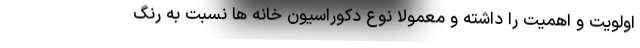
اولویت و اهمیت را داشته و معمولا نوع دکوراسیون خانه ها نسبت به رنگ